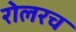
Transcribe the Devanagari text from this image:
रोलरच